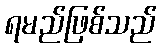
ရမည်ဖြစ်သည်